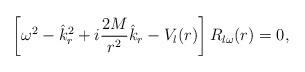
\begin{align*}\left[\omega^2-\hat k_r^2+i{2M\over r^2}\hat k_r-V_l(r)\right]R_{l\omega}(r)=0,\end{align*}